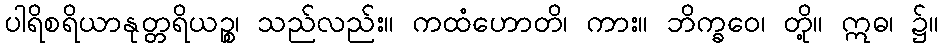
ပါရိစရိယာနုတ္တရိယဉ္စ၊ သည်လည်း။ ကထံဟောတိ၊ ကား။ ဘိက္ခဝေ၊ တို့။ ဣဓ၊ ၌။